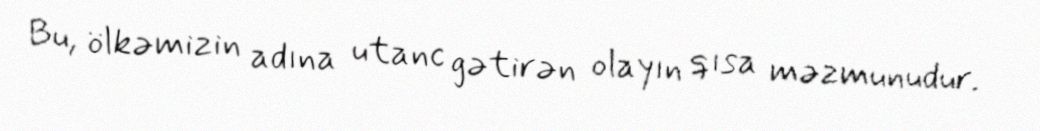
Bu, ölkəmizin adına utanc gətirən olayın qısa məzmunudur.